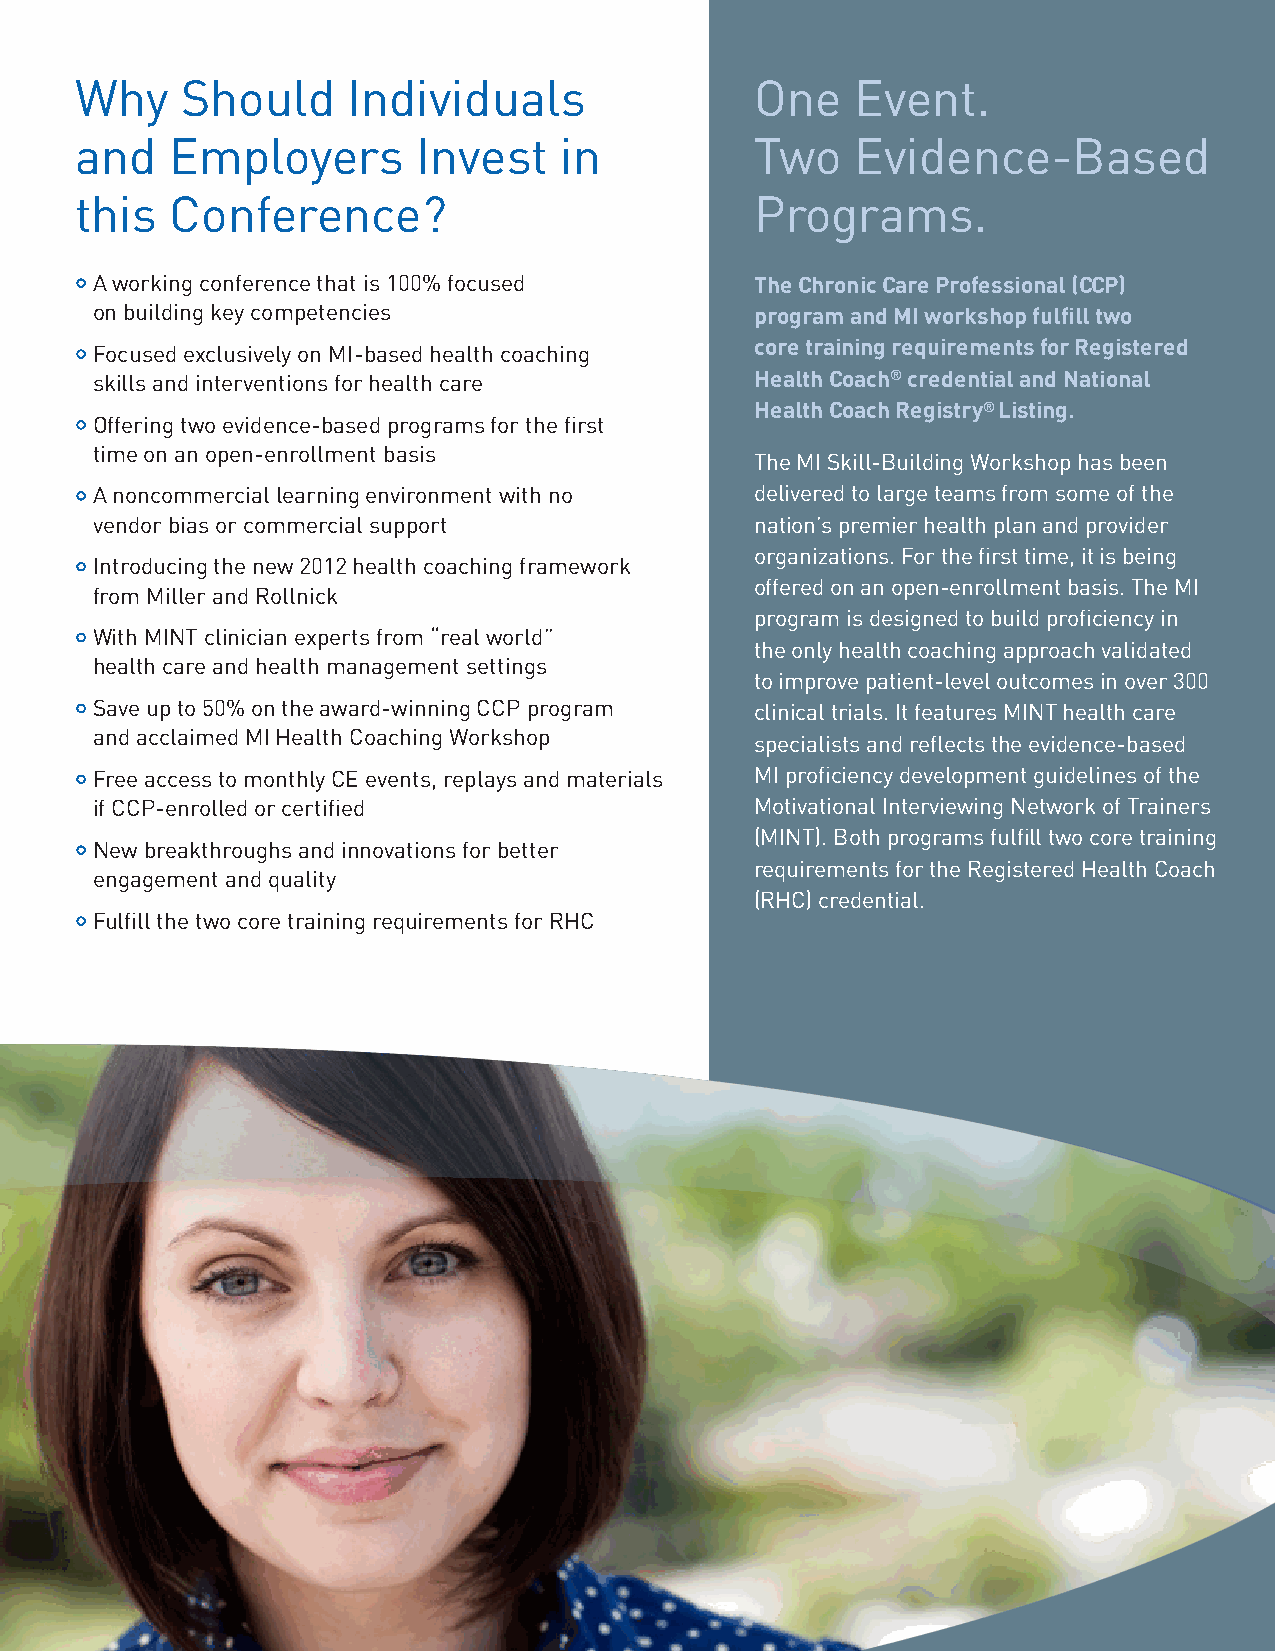
Why    Should     Individuals                One    Event.
 and   Employers        Invest   in           Two    Evidence-Based
 this  Conference?                            Programs.
 A working conference that is 100% focused   The Chronic Care Professional (CCP)
 on building key competencies                program and MI workshop fulfill two
 core training requirements for Registered
 Focused exclusively on MI-based health coaching
 skills and interventions for health care    Health Coach® credential and National
 Health Coach Registry® Listing.
 Offering two evidence-based programs for the first
 time on an open-enrollment basis
 The MI Skill-Building Workshop has been
 A noncommercial learning environment with no delivered to large teams from some of the
 vendor bias or commercial support           nation’s premier health plan and provider
 organizations. For the first time, it is being
 Introducing the new 2012 health coaching framework
 offered on an open-enrollment basis. The MI
 from Miller and Rollnick
 program is designed to build proficiency in
 With MINT clinician experts from “real world”
 the only health coaching approach validated
 health care and health management settings
 to improve patient-level outcomes in over 300
 Save up to 50% on the award-winning CCP program clinical trials. It features MINT health care
 and acclaimed MI Health Coaching Workshop   specialists and reflects the evidence-based
 Free access to monthly CE events, replays and materials MI proficiency development guidelines of the
 if CCP-enrolled or certified                Motivational Interviewing Network of Trainers
 (MINT). Both programs fulfill two core training
 New breakthroughs and innovations for better
 requirements for the Registered Health Coach
 engagement and quality
 (RHC) credential.
 Fulfill the two core training requirements for RHC